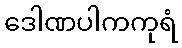
ဒေါဏပါကကုရံ